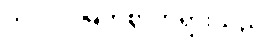
ဘဂဝါ၊ မြတ်စွာဘုရားသည်။